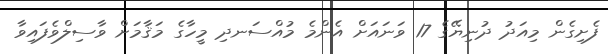
ފެށިގެން މިއަދު ދުނިޔޭގެ 17 ވަނައަށް އެންމެ މުއްސަނދި މީހާގެ މަޤާމަށް ވާސިލްވެފައިވާ